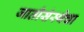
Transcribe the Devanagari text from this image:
जातीसंस्थेचा